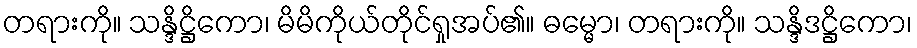
တရားကို။ သန္ဒိဋ္ဌိကော၊ မိမိကိုယ်တိုင်ရှုအပ်၏။ ဓမ္မော၊ တရားကို။ သန္ဒိဒဋ္ဌိကော၊